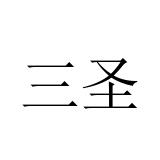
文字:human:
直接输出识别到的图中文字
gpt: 三圣